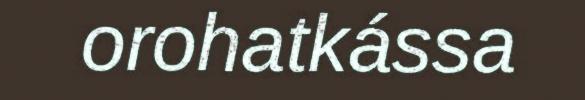
orohatkássa